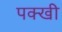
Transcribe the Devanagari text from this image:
पक्खी